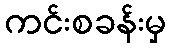
ကင်းစခန်းမှ